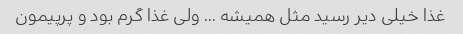
غذا خیلی دیر رسید مثل همیشه … ولی غذا گرم بود و پرپیمون